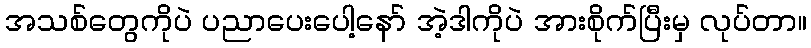
အသစ်တွေကိုပဲ ပညာပေးပေါ့နော် အဲ့ဒါကိုပဲ အားစိုက်ပြီးမှ လုပ်တာ။